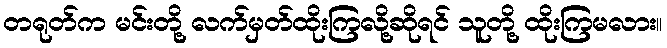
တရုတ်က မင်းတို့ လက်မှတ်ထိုးကြလို့ဆိုရင် သူတို့ ထိုးကြမလား။